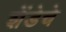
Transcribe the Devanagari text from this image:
शेंडेचे